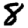
Digit: 8